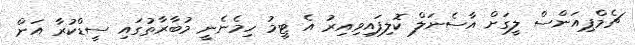
ޗެމްޕިއަންސް ލީގަށް އާސެނަލް ކޮލިފައިވިއިރު އެ ޓީމު ހިމެނެނީ މުބާރާތުގައި ސީޑްކުރާ އަށް